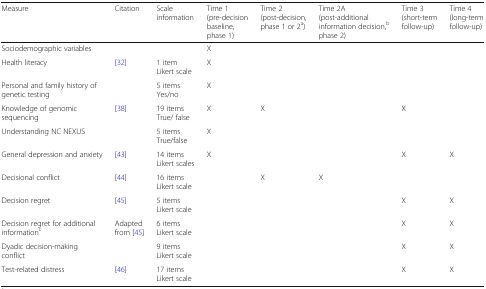
| Measure | Citation | Scale information | Time 1 (pre-decision baseline, phase 1) | Time 2 (post-decision, phase 1 or 2a) | Time 2A (post-additional information decision,bphase 2) | Time 3 (short-term follow-up) | Time 4 (long-term follow-up) |
 | --- | --- | --- | --- | --- | --- | --- | --- |
 | Sociodemographic variables |  |  | X |  |  |  |  |
 | Health literacy | [32] | 1 itemLikert scale | X |  |  |  |  |
 | Personal and family history of genetic testing |  | 5 itemsYes/no | X |  |  |  |  |
 | Knowledge of genomic sequencing | [38] | 19 itemsTrue/ false | X | X |  | X |  |
 | Understanding NC NEXUS |  | 5 itemsTrue/false | X |  |  |  |  |
 | General depression and anxiety | [43] | 14 itemsLikert scales | X |  |  | X | X |
 | Decisional conflict | [44] | 16 itemsLikert scale |  | X | X |  |  |
 | Decision regret | [45] | 5 itemsLikert scale |  |  |  | X | X |
 | Decision regret for additional informationc | Adapted from [45] | 6 itemsLikert scale |  |  |  | X | X |
 | Dyadic decision-making conflict |  | 9 itemsLikert scale |  |  |  | X | X |
 | Test-related distress | [46] | 17 itemsLikert scale |  |  |  | X | X |